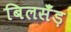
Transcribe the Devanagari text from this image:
बिलसँड़